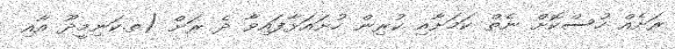
ރަށެއް ހުސްކޮށް ނެތް ކަމަށާއި ކުރިން ހުށައަޅާފައިވާ ދެ ރަށް (ތ.ކަނިމީދޫ އާއި